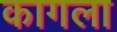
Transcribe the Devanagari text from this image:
कागला